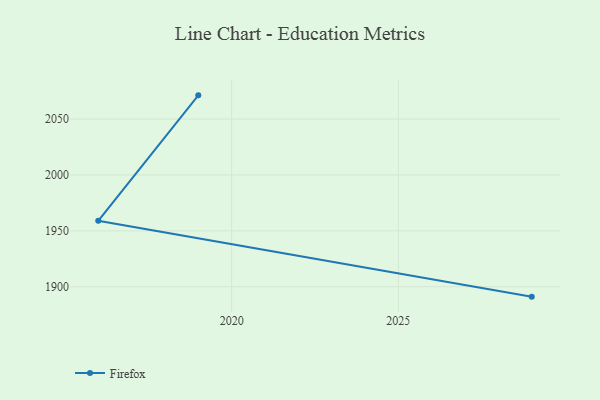
{"axis": {"x": "Year", "y": "Active Users"}, "legend": ["Firefox"], "data": [{"x": "2029", "y": 1891.1, "type": "Firefox"}, {"x": "2016", "y": 1959.0, "type": "Firefox"}, {"x": "2019", "y": 2071.2, "type": "Firefox"}]}